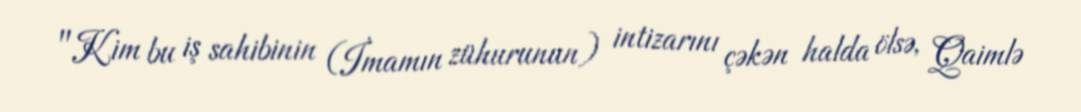
"Kim bu iş sahibinin (İmamın zühurunun) intizarını çəkən halda ölsə, Qaimlə